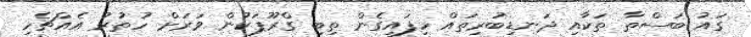
ގައު ބަސްތާ ތަކާއި ދަނޑިބުރިތައް ހިފައިގެން ތިބި ގްރޫޕަކުން ވަރަށް ހުތުރު އެއްޗެހި